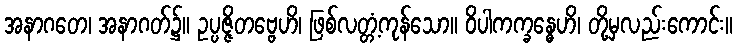
အနာဂတေ၊ အနာဂတ်၌။ ဥပ္ပဇ္ဇိတဗ္ဗေဟိ၊ ဖြစ်လတ္တံ့ကုန်သော။ ဝိပါကက္ခန္ဓေဟိ၊ တို့မှလည်းကောင်း။